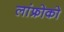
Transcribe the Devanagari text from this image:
लांफ्रोको